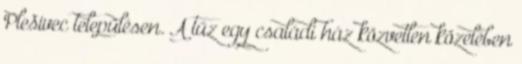
Plešivec településen. A tűz egy családi ház közvetlen közelében